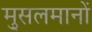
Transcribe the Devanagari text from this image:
मु्सलमानों